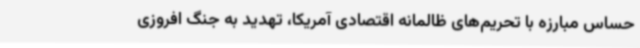
حساس مبارزه با تحریم‌های ظالمانه اقتصادی آمریکا، تهدید به جنگ افروزی